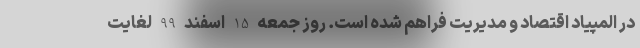
در المپیاد اقتصاد و مدیریت فراهم شده است. روز جمعه 15 اسفند 99 لغایت